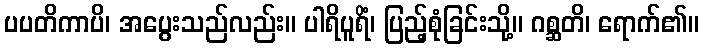
ပပတိကာပိ၊ အပွေးသည်လည်း။ ပါရိပူရိံ၊ ပြည့်စုံခြင်းသို့။ ဂစ္ဆတိ၊ ရောက်၏။